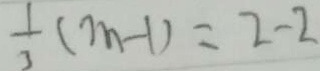
\frac { 1 } { 3 } ( m - 1 ) = 2 - 2